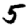
Digit: 5